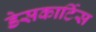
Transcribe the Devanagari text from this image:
डेसकार्टिस